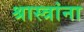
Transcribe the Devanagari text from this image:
श्रास्त्रांना